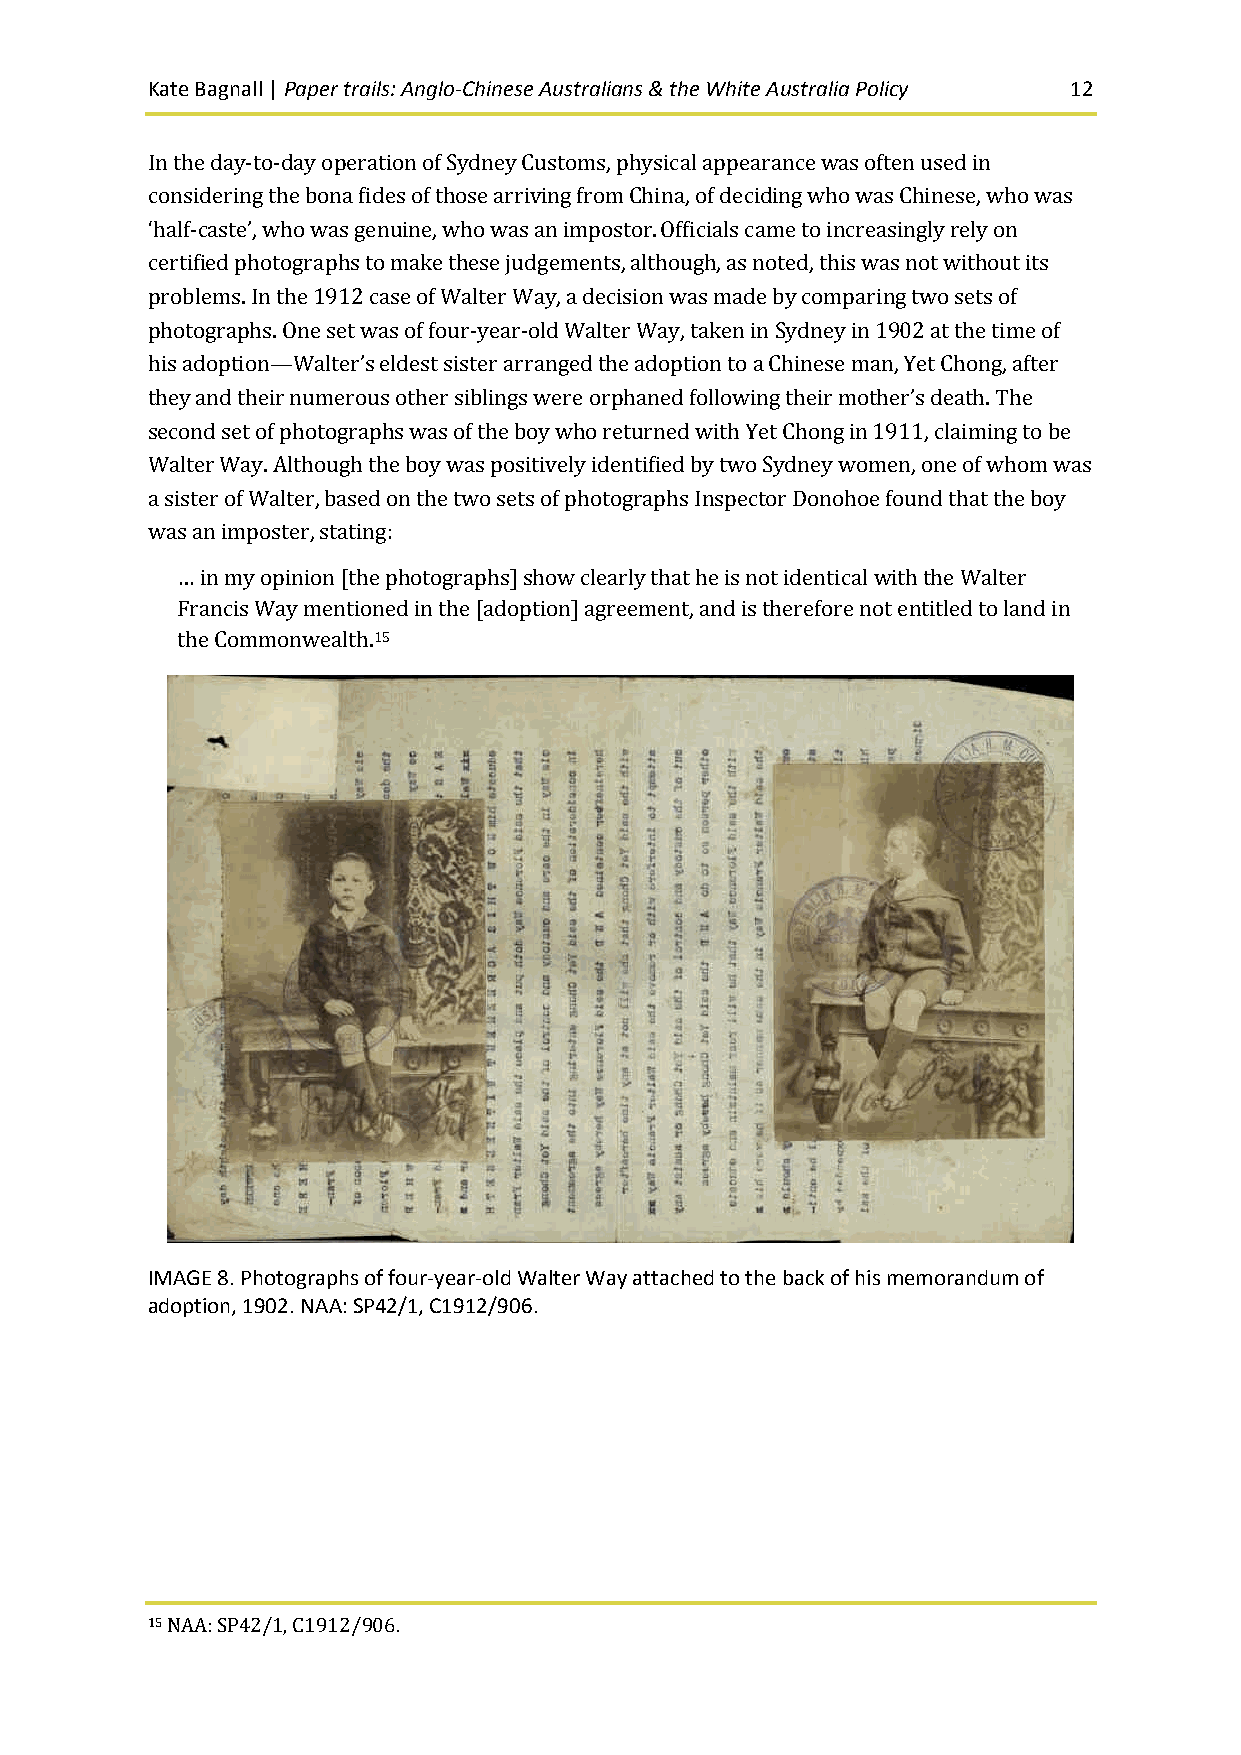
Kate Bagnall | Paper trails: Anglo-Chinese Australians & the White Australia Policy 12
 In the day-to-day operation of Sydney Customs, physical appearance was often used in
 considering the bona fides of those arriving from China, of deciding who was Chinese, who was
 ‘half-caste’, who was genuine, who was an impostor. Officials came to increasingly rely on
 certified photographs to make these judgements, although, as noted, this was not without its
 problems. In the 1912 case of Walter Way, a decision was made by comparing two sets of
 photographs. One set was of four-year-old Walter Way, taken in Sydney in 1902 at the time of
 his adoption—Walter’s eldest sister arranged the adoption to a Chinese man, Yet Chong, after
 they and their numerous other siblings were orphaned following their mother’s death. The
 second set of photographs was of the boy who returned with Yet Chong in 1911, claiming to be
 Walter Way. Although the boy was positively identified by two Sydney women, one of whom was
 a sister of Walter, based on the two sets of photographs Inspector Donohoe found that the boy
 was an imposter, stating:
 … in my opinion [the photographs] show clearly that he is not identical with the Walter
 Francis Way mentioned in the [adoption] agreement, and is therefore not entitled to land in
 the Commonwealth.15
 IMAGE 8. Photographs of four-year-old Walter Way attached to the back of his memorandum of
 adoption, 1902. NAA: SP42/1, C1912/906.
 15 NAA: SP42/1, C1912/906.